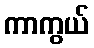
ကာကွယ်